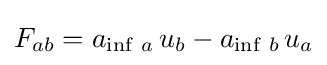
F_{ab}=a_{\inf \,a}\,u_{b}-a_{\inf \,b}\,u_{a}